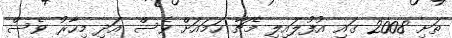
ތަށި 2008 ގައި އުފުލައިލި މެޗާ ހަމައަށް ވެސް އަދި މިހާރު ވެސް